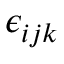
\epsilon _ { i j k }